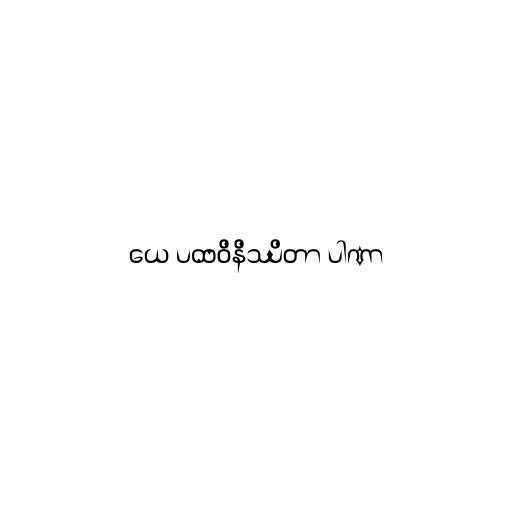
ယေ ပထဝိနိဿိတာ ပါဏာ